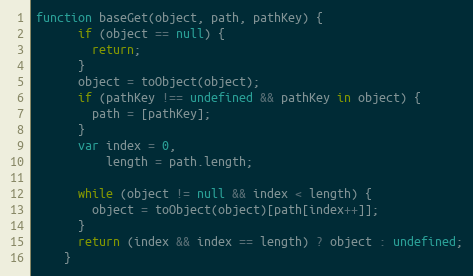
Language: JavaScript
function baseGet(object, path, pathKey) {
      if (object == null) {
        return;
      }
      object = toObject(object);
      if (pathKey !== undefined && pathKey in object) {
        path = [pathKey];
      }
      var index = 0,
          length = path.length;

      while (object != null && index < length) {
        object = toObject(object)[path[index++]];
      }
      return (index && index == length) ? object : undefined;
    }